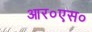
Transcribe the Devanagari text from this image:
आर०एस०